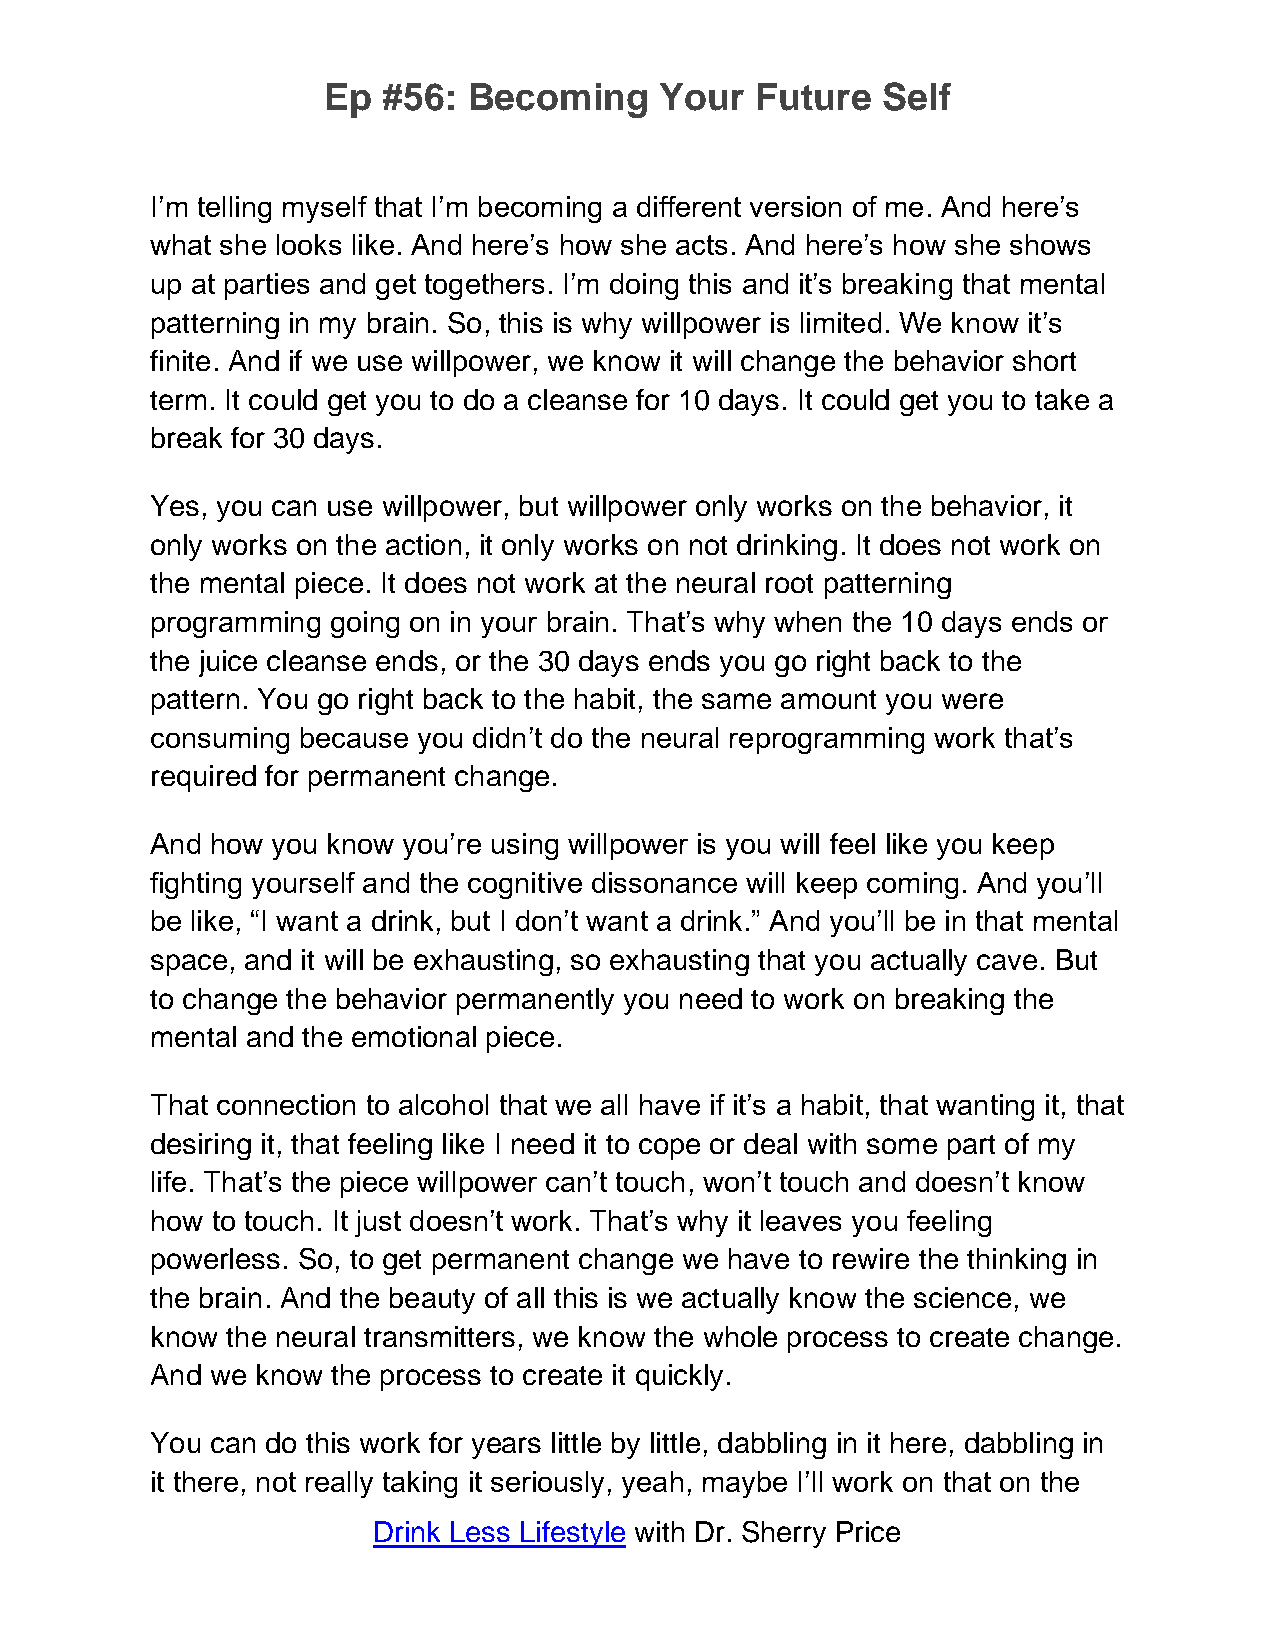
Ep  #56:  Becoming     Your  Future  Self
 I’m telling myself that I’m becoming a different version of me. And here’s
 what she looks like. And here’s how she acts. And here’s how she shows
 up at parties and get togethers. I’m doing this and it’s breaking that mental
 patterning in my brain. So, this is why willpower is limited. We know it’s
 finite. And if we use willpower, we know it will change the behavior short
 term. It could get you to do a cleanse for 10 days. It could get you to take a
 break for 30 days.
 Yes, you can use willpower, but willpower only works on the behavior, it
 only works on the action, it only works on not drinking. It does not work on
 the mental piece. It does not work at the neural root patterning
 programming going on in your brain. That’s why when the 10 days ends or
 the juice cleanse ends, or the 30 days ends you go right back to the
 pattern. You go right back to the habit, the same amount you were
 consuming because you didn’t do the neural reprogramming work that’s
 required for permanent change.
 And how you know you’re using willpower is you will feel like you keep
 fighting yourself and the cognitive dissonance will keep coming. And you’ll
 be like, “I want a drink, but I don’t want a drink.” And you’ll be in that mental
 space, and it will be exhausting, so exhausting that you actually cave. But
 to change the behavior permanently you need to work on breaking the
 mental and the emotional piece.
 That connection to alcohol that we all have if it’s a habit, that wanting it, that
 desiring it, that feeling like I need it to cope or deal with some part of my
 life. That’s the piece willpower can’t touch, won’t touch and doesn’t know
 how to touch. It just doesn’t work. That’s why it leaves you feeling
 powerless. So, to get permanent change we have to rewire the thinking in
 the brain. And the beauty of all this is we actually know the science, we
 know the neural transmitters, we know the whole process to create change.
 And we know the process to create it quickly.
 You can do this work for years little by little, dabbling in it here, dabbling in
 it there, not really taking it seriously, yeah, maybe I’ll work on that on the
 Drink Less Lifestyle with Dr. Sherry Price